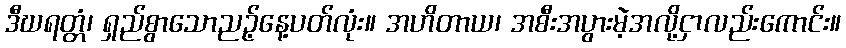
ဒီဃရတ္တံ၊ ရှည်စွာသောညဉ့်နေ့ပတ်လုံး။ အဟိတာယ၊ အစီးအပွားမဲ့အလို့ငှာလည်းကောင်း။